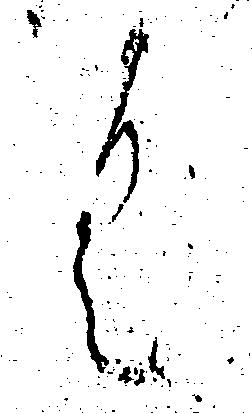
く